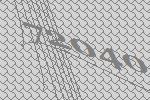
72040